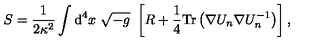
S = { \frac { 1 } { 2 \kappa ^ { 2 } } } \int { \mathrm { d ^ { 4 } } } x \ \sqrt { - { g } } \ \left[ { R } + { \frac { 1 } { 4 } } \mathrm { T r } \left( \nabla U _ { n } \nabla U _ { n } ^ { - 1 } \right) \right] ,